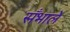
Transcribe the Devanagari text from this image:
सँभालें